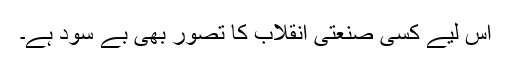
اس لیے کسی صنعتی انقلاب کا تصور بھی بے سود ہے۔